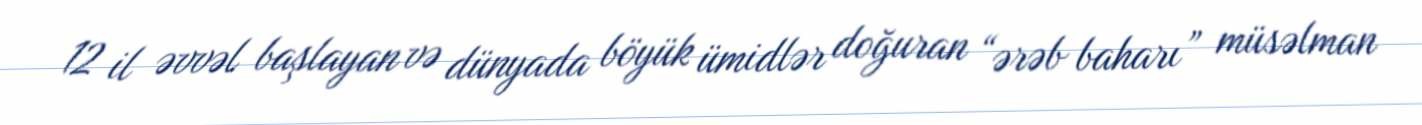
12 il əvvəl başlayan və dünyada böyük ümidlər doğuran “ərəb baharı” müsəlman